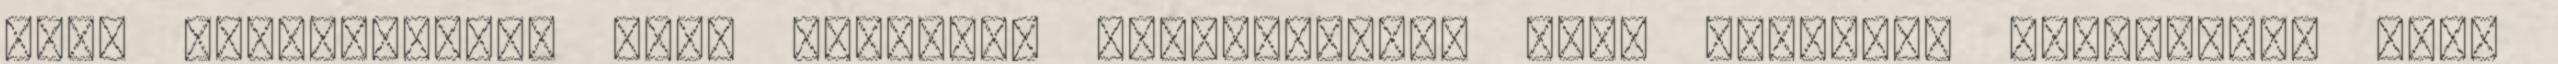
őket felhevített, sima felülető fémpálcával. Erre alkalmas csavarhúzó vagy